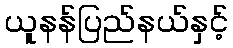
ယူနန်ပြည်နယ်နှင့်